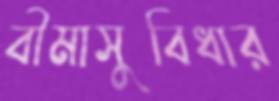
বীমাসুবিধার